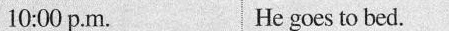
10:00 p.M. He goes to bed.